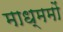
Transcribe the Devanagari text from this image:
माध्ममों